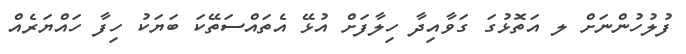
ފުލުހުންނަށް ލ އަތޮޅުގަ ގަވާއިދާ ހިލާފަށް އުޅޭ އެތައްސަތޭކަ ބަޔަކު ހިފާ ހައްޔަރެއް